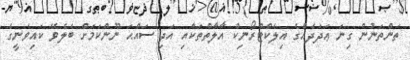
ތަންތަނުން ގިނަ ޢަދަދެއްގެ އިލެކްޓްރޯނިކް އާލާތްތަކާއި އަދި ސައްޙަ ނޫންކަމަށް ބެލެވޭ ކައިވެނީގެ